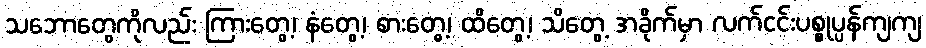
သဘောတွေကိုလည်း ကြားတွေ့၊ နံတွေ့၊ စားတွေ့၊ ထိတွေ့၊ သိတွေ့ အခိုက်မှာ လက်ငင်းပစ္စုပ္ပန်ကျကျ